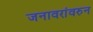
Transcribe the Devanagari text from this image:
जनावरांवरुन